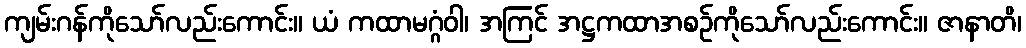
ကျမ်းဂန်ကိုသော်လည်းကောင်း။ ယံ ကထာမဂ္ဂံဝါ၊ အကြင် အဋ္ဌကထာအစဉ်ကိုသော်လည်းကောင်း။ ဇာနာတိ၊